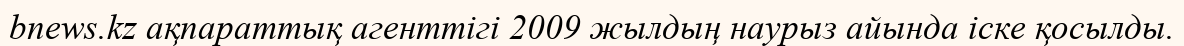
bnews.kz ақпараттық агенттігі 2009 жылдың наурыз айында іске қосылды.